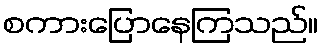
စကားပြောနေကြသည်။